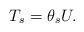
LaTeX: \begin{align*}T_s=\theta_s U.\end{align*}